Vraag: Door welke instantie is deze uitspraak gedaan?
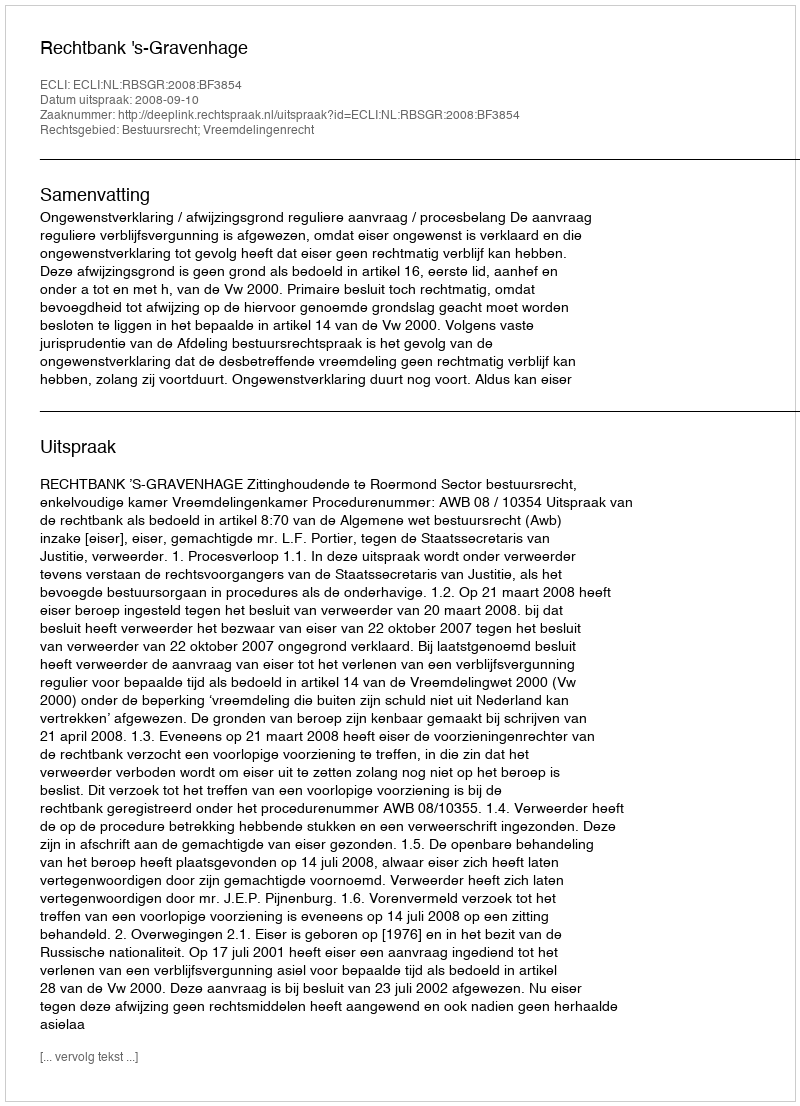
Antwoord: Rechtbank 's-Gravenhage